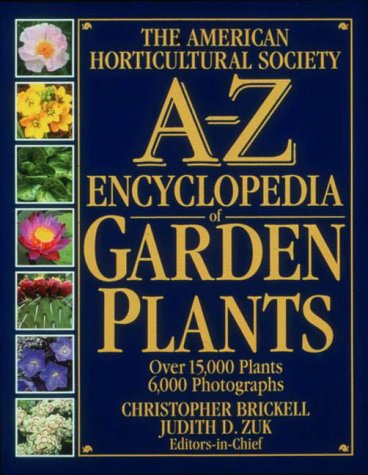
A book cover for The American Horticultural Society A-Z Encyclopedia of Garden Plants; Christopher Brickell; Crafts, Hobbies & Home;